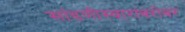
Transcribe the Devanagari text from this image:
सांडणीस्वारांबरोबर